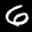
Label: 6